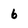
Character: 6